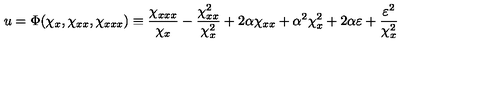
u = \Phi ( \chi _ { x } , \chi _ { x x } , \chi _ { x x x } ) \equiv \frac { \chi _ { x x x } } { \chi _ { x } } - \frac { \chi _ { x x } ^ { 2 } } { \chi _ { x } ^ { 2 } } + 2 \alpha \chi _ { x x } + \alpha ^ { 2 } \chi _ { x } ^ { 2 } + 2 \alpha \varepsilon + \frac { \varepsilon ^ { 2 } } { \chi _ { x } ^ { 2 } }